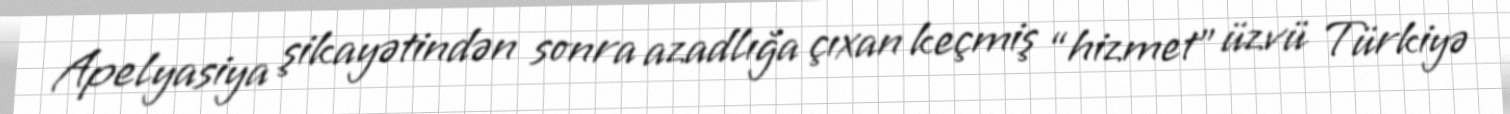
Apelyasiya şikayətindən sonra azadlığa çıxan keçmiş “hizmet” üzvü Türkiyə